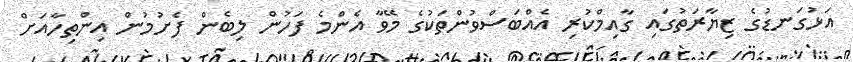
އަޅުގަނޑުގެ ޒިޔާރަތުގައި ގާއިމްކުރި އެއްބަސްވުންތަކުގެ މޭވާ އެންމެ ފަހުން ލިބެން ފެށުމުން އިންތިހާއަށް